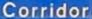
Corridor